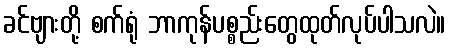
ခင်ဗျားတို့ စက်ရုံ ဘာကုန်ပစ္စည်းတွေထုတ်လုပ်ပါသလဲ။